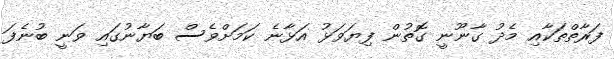
ފަރާތްތަކާއި މެދު ގާނޫނީ ގޮތުން ފިޔަވަޅު އަޅާނެ ކަަމަށްވެސް ބަޔާނުގައި ވަނީ ބުނެފަ